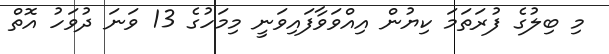
މި ބިލުގެ ފުރަތަމަ ކިޔުން އިއްވަވާފައިވަނީ މިމަހުގެ 13 ވަނަ ދުވަހު އޮތް